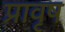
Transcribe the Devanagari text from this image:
प्रावृष